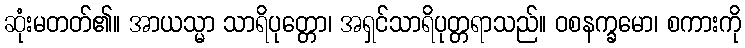
ဆုံးမတတ်၏။ အာယသ္မာ သာရိပုတ္တော၊ အရှင်သာရိပုတ္တရာသည်။ ဝစနက္ခမော၊ စကားကို